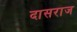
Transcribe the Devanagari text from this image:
दासराज